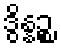
ဒွိန္နဉ္စ